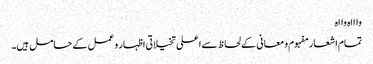
واااہ وااہ
تمام اشعار مفہوم و معانی کے لحاظ سے اعلی تخیلاتی اظہار و عمل کے حامل ہیں۔